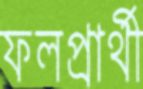
ফলপ্রার্থী